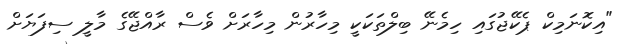
"އިކޮނަމިކް ޕެކޭޖުގައި ހިމެނޭ ބިލްތަކަކީ މިހާރުން މިހާރަށް ވެސް ރާއްޖޭގެ މާލީ ސިފަޔަށް